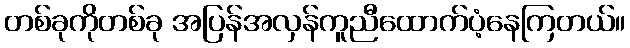
တစ်ခုကိုတစ်ခု အပြန်အလှန်ကူညီထောက်ပံ့နေကြတယ်။